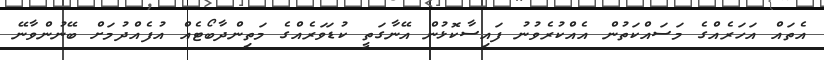
އެތައް އަހަރެއްގެ މަސައްކަތުން އެއްކުރެވުނު ފައިސާކޮޅުން އޭނާގަތީ ކުޑަވަރެއްގެ މަތިންދާބޯޓެއް އުފެއްދުމަށް ބޭނުންވާނޭ